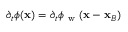
\partial _ { t } \phi ( \mathbf { x } ) = \partial _ { t } \phi _ { \mathrm { ~ w ~ } } ( \mathbf { x } - \mathbf { x } _ { B } )